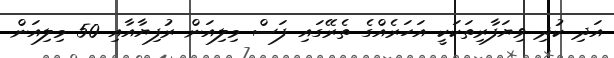
އަދި ކުދި ވިޔަފާރިތަކަކީ އަހަރެއްގެ ތެރޭގައި ފަސް މިލިއަން ރުފިޔާއާއި 50 މިލިއަން